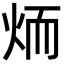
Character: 𦓒